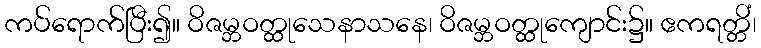
ကပ်ရောက်ပြီး၍။ ဝိဇမ္ဘဝတ္ထုသေနာသနေ၊ ဝိဇမ္ဘဝတ္ထုကျောင်း၌။ ဧကရတ္တိံ၊